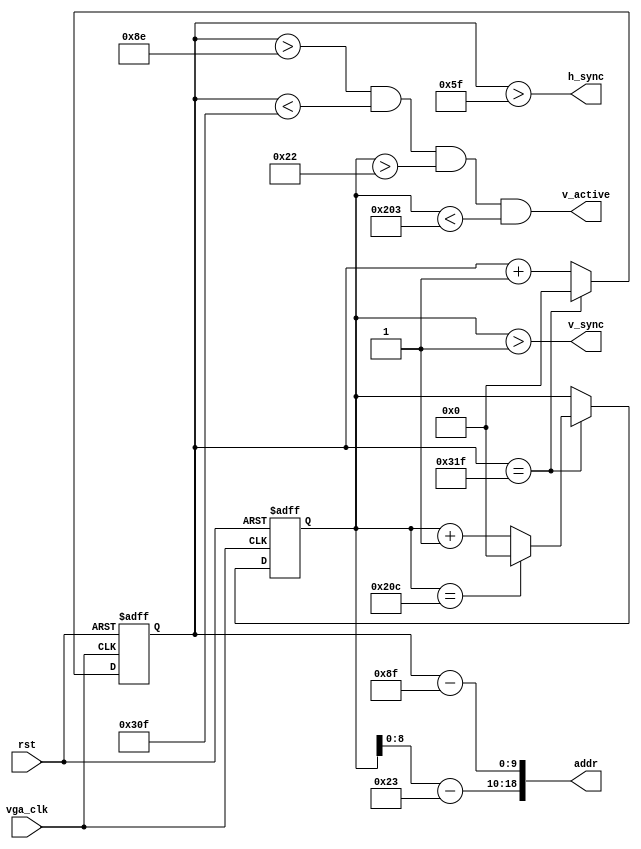
module vga_core(
                vga_clk, 
                rst, 
                addr,
                v_active,
                h_sync, 
                v_sync
                ); // dot_in, vga_rdn, r, g, b,

	input              	vga_clk;                // 25MHz
	input              	rst;
	output     	[18: 0] addr;                   // pixel Screen address, 640 (1024) x 480 (512)
	output             	v_active;               // read VRAM RAM (active_low)
	output             	h_sync, v_sync;         // horizontal and vertical synchronization

    //  input [2:0] dot_in;                    // r_g_b, pixel
    //  output reg r, g, b;                    // red, green, blue colors, 4-bit for each if N3

	// h_count: VGA horizontal counter (0-799)
	reg [9:0] h_count = 0; // VGA horizontal counter (0-799): pixels
	always @ (posedge vga_clk or posedge rst) begin
		if (rst) begin
			h_count <= 10'h0;
		end else if (h_count == 10'd799) begin
			h_count <= 10'h0;
		end else begin
			h_count <= h_count + 10'h1;
		end
	end

	// v_count: VGA vertical counter (0-524)
	reg [9:0] v_count = 0; // VGA vertical counter (0-524): lines
	always @ (posedge vga_clk or posedge rst) begin
		if (rst) begin
			v_count <= 10'h0;
		end else if (h_count == 10'd799) begin
			if (v_count == 10'd524) begin
				v_count <= 10'h0;
			end else begin
				v_count <= v_count + 10'h1;
			end
		end
	end

	// signal timing
	wire h_sync 		= (h_count > 10'd95);          // 96 -> 799
	wire v_sync 		= (v_count > 10'd1);           // 2 -> 524
	wire v_active 		= (h_count > 10'd142) &&     // 143 -> 782
						  (h_count < 10'd783) &&     // 640 pixels
						  (v_count > 10'd34) &&      // 35 -> 514
						  (v_count < 10'd515);       // 480 lines

	wire [ 9: 0] col   	= h_count - 10'd143;    // pixel Screen addr col
	wire [ 9: 0] row   	= v_count - 10'd35;     // pixel Screen addr row
	wire [18: 0] addr  	= {row[ 8: 0], col};    // pixel Screen addr

	// vga signals
	/* always @ (posedge vga_clk) begin
		pixel_addr <= addr;
		vga_rdn <= ~read;
		hs <= h_sync; // horizontal synchronization
		vs <= v_sync; // vertical synchronization
		r <= vga_rdn ? 4'h0 : dot_in[2]; // 1-bit red
		g <= vga_rdn ? 4'h0 : dot_in[1]; // 1-bit green
		b <= vga_rdn ? 4'h0 : dot_in[0]; // 1-bit blue
	end
	*/
endmodule